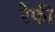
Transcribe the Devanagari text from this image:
रेफी